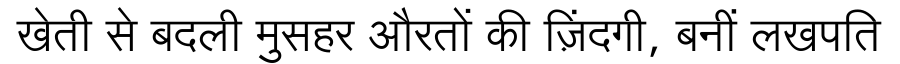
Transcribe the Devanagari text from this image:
खेती से बदली मुसहर औरतों की ज़िंदगी, बनीं लखपति